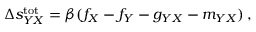
\begin{array} { r } { \Delta s _ { Y X } ^ { \mathrm { t o t } } = \beta ( f _ { X } - f _ { Y } - g _ { Y X } - m _ { Y X } ) \, , } \end{array}